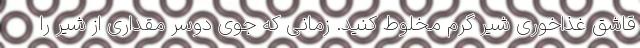
قاشق غذاخوری شیر گرم مخلوط کنید. زمانی که جوی دوسر مقداری از شیر را